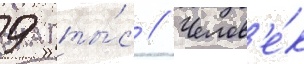
9 ты́с // Челов'е́к